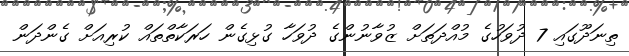
ތިނަދޫގައި 7 ދުވަހުގެ މުއްދަތަށް ޒުވާނުންގެ ދުވަހާ ގުޅިގެން ހަރަކާތްތައް ކުރިއަށް ގެންދަން